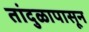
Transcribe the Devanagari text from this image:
तांदुळापासून